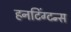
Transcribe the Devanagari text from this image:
हनटिंग्टन्स